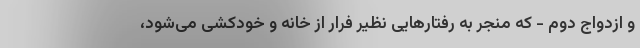
و ازدواج دوم - که منجر به رفتارهایی نظیر فرار از خانه و خودکشی می‌شود،